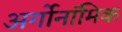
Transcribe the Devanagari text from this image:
अर्गोनॉमिक